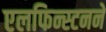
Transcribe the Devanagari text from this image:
एलफिन्स्टनने